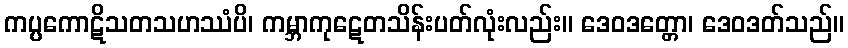
ကပ္ပကောဋိသတသဟဿံပိ၊ ကမ္ဘာကုဋေတသိန်းပတ်လုံးလည်း။ ဒေဝဒတ္တော၊ ဒေဝဒတ်သည်။